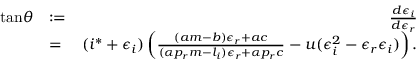
\begin{array} { r l r } { \mathrm { t a n } \theta } & { : = } & { \frac { d \epsilon _ { i } } { d \epsilon _ { r } } } \\ & { = } & { ( i ^ { * } + \epsilon _ { i } ) \left( \frac { ( a m - b ) \epsilon _ { r } + a c } { ( \alpha p _ { r } m - l _ { i } ) \epsilon _ { r } + \alpha p _ { r } c } - u ( \epsilon _ { i } ^ { 2 } - \epsilon _ { r } \epsilon _ { i } ) \right) . } \end{array}